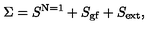
\Sigma = S ^ { \mathrm { N = 1 } } + S _ { \mathrm { g f } } + S _ { \mathrm { e x t } } ,